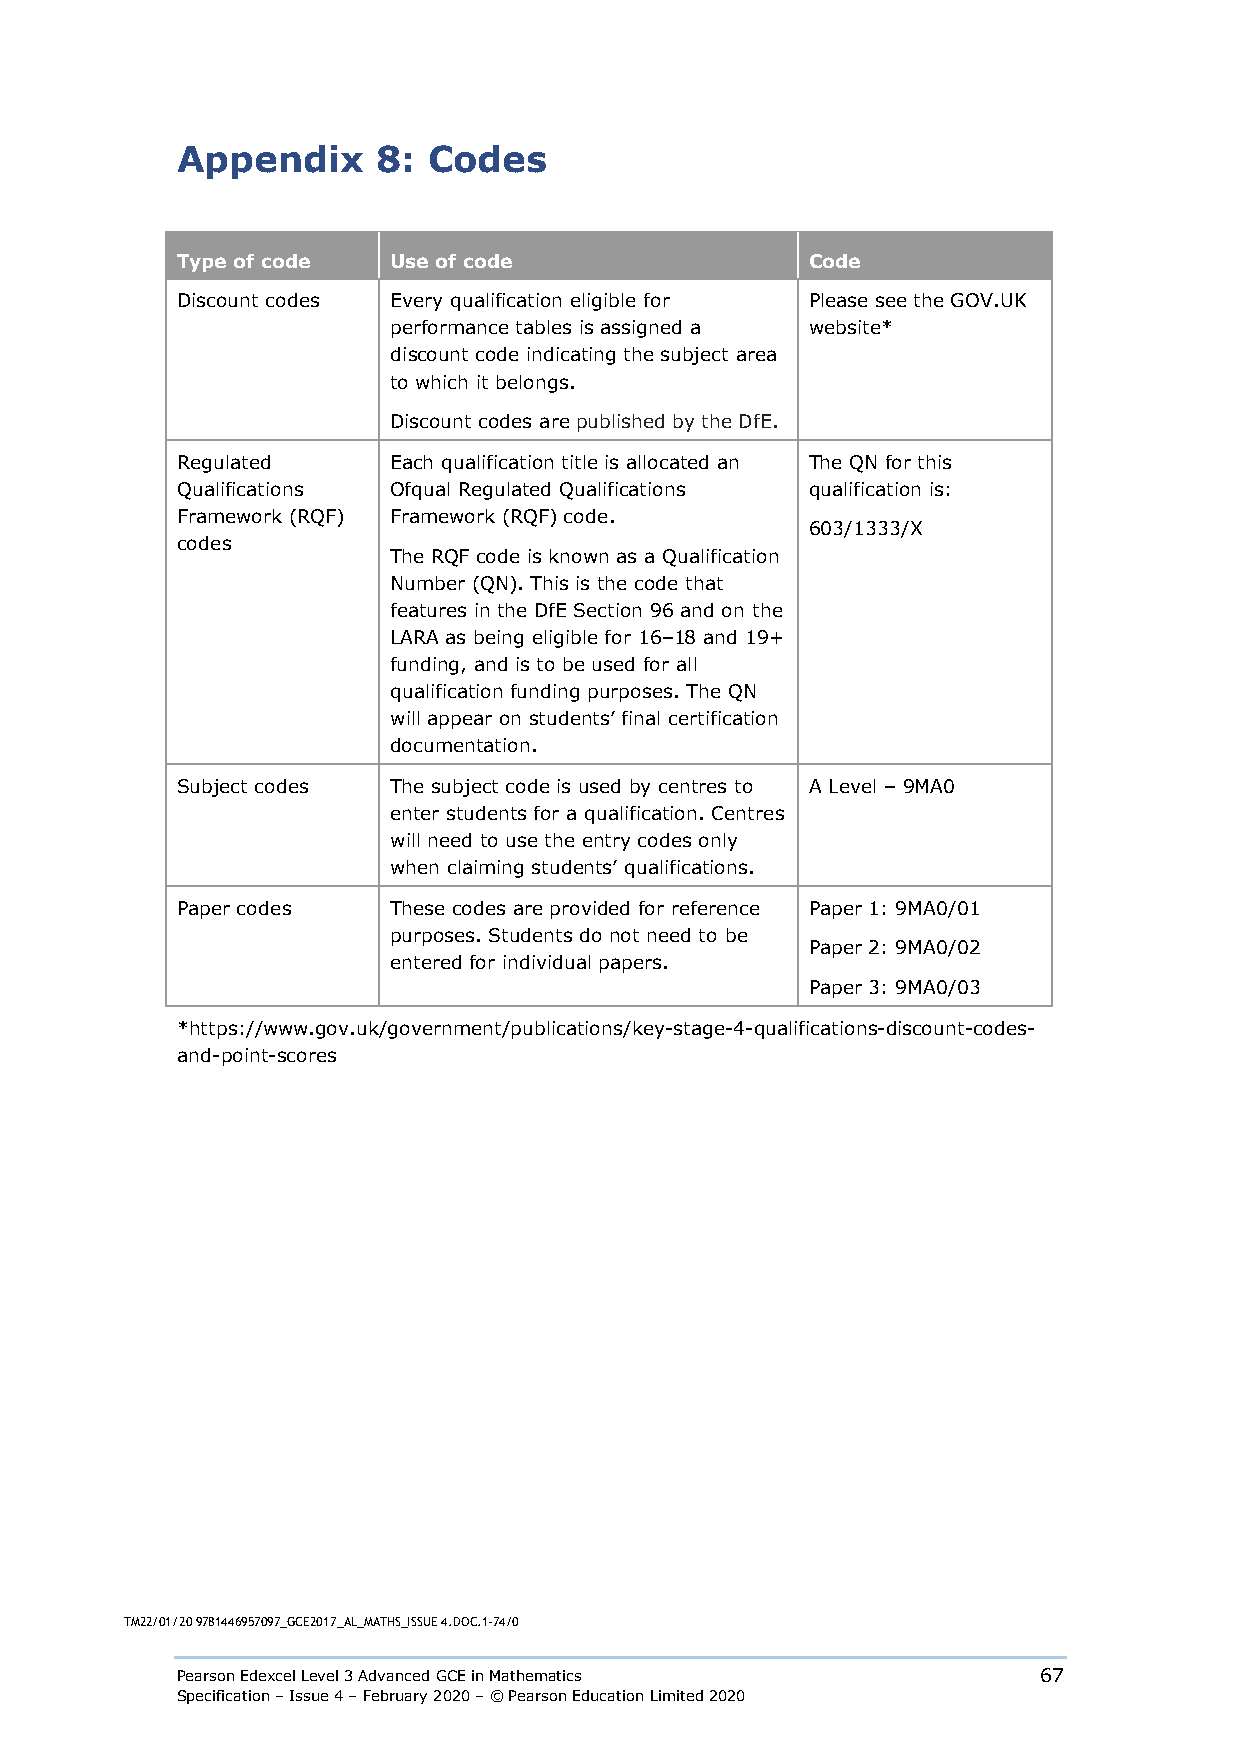
Appendix     8: Codes
 Type of code  Use of code                 Code
 Discount codes Every qualification eligible for Please see the GOV.UK
 performance tables is assigned a website*
 discount code indicating the subject area
 to which it belongs.
 Discount codes are published by the DfE.
 Regulated     Each qualification title is allocated an The QN for this
 Qualifications Ofqual Regulated Qualifications qualification is:
 Framework (RQF) Framework (RQF) code.
 603/1333/X
 codes
 The RQF code is known as a Qualification
 Number (QN). This is the code that
 features in the DfE Section 96 and on the
 LARA as being eligible for 16–18 and 19+
 funding, and is to be used for all
 qualification funding purposes. The QN
 will appear on students’ final certification
 documentation.
 Subject codes The subject code is used by centres to A Level – 9MA0
 enter students for a qualification. Centres
 will need to use the entry codes only
 when claiming students’ qualifications.
 Paper codes   These codes are provided for reference Paper 1: 9MA0/01
 purposes. Students do not need to be
 Paper 2: 9MA0/02
 entered for individual papers.
 Paper 3: 9MA0/03
 *https://www.gov.uk/government/publications/key-stage-4-qualifications-discount-codes-
 and-point-scores
 TM22/01/20 9781446957097_GCE2017_AL_MATHS_ISSUE 4.DOC.1–74/0
 Pearson Edexcel Level 3 Advanced GCE in Mathematics      67
 Specification – Issue 4 – February 2020 – © Pearson Education Limited 2020